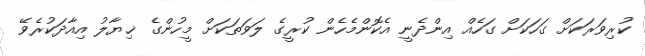
ކުރިވަރަކަށް ގަހަކަށް ގަހެއް އިންދެނީ އެކޮންމެހެން ކުރީގެ ލަވަތަކަށް މީހުންގެ ޚިޔާލު އިއާދަކުރެވޭ